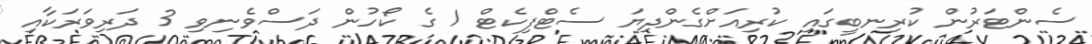
ސެންޓަރުން ކުރިނބީގައި ކުރިއަށްގެންދިޔަ ސެޓްފިކެޓް 1 ގެ ކޯހުން ދަސްވެނިވި 3 ދަރިވަރަކާއި